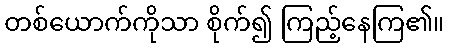
တစ်ယောက်ကိုသာ စိုက်၍ ကြည့်နေကြ၏။